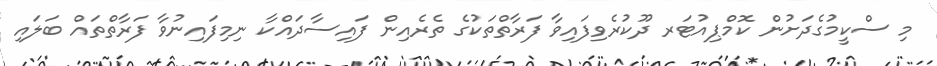
މި ސްކީމުގެދަށުން ކޮމްޕިއުޓަރ ދޫކުރެވިފައިވާ ފަރާތްތަކުގެ ތެރެއިން ފައިސާދައްކާ ނިމިފައިނުވާ ފަރާތްތައް ބަލައި